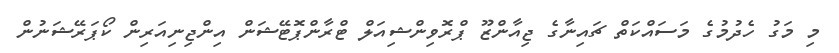
މި މަގު ހެދުމުގެ މަސައްކަތް ޗައިނާގެ ޖިއާންޒޫ ޕްރޮވިންޝިއަލް ޓްރާންޕޮޓޭޝަން އިންޖިނިއަރިން ކޯޕަރޭޝަނުން